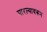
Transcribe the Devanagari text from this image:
मारल्यावरून